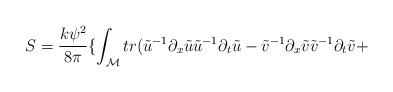
LaTeX: \begin{align*}S=\frac{k\psi^2}{8\pi} \{ \int_{\cal M} tr (\tilde{u}^{-1}\partial_x \tilde{u}\tilde{u}^{-1}\partial_{t}\tilde{u} -\tilde{v}^{-1}\partial_x \tilde{v}\tilde{v}^{-1}\partial_{t}\tilde{v} +\end{align*}